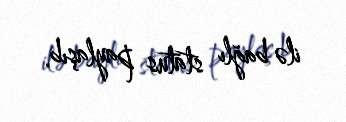
ilə bağlı status paylaşıb.